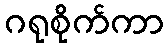
ဂရုစိုက်ကာ